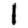
Digit: 1